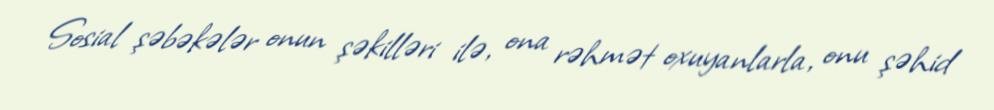
Sosial şəbəkələr onun şəkilləri ilə, ona rəhmət oxuyanlarla, onu şəhid